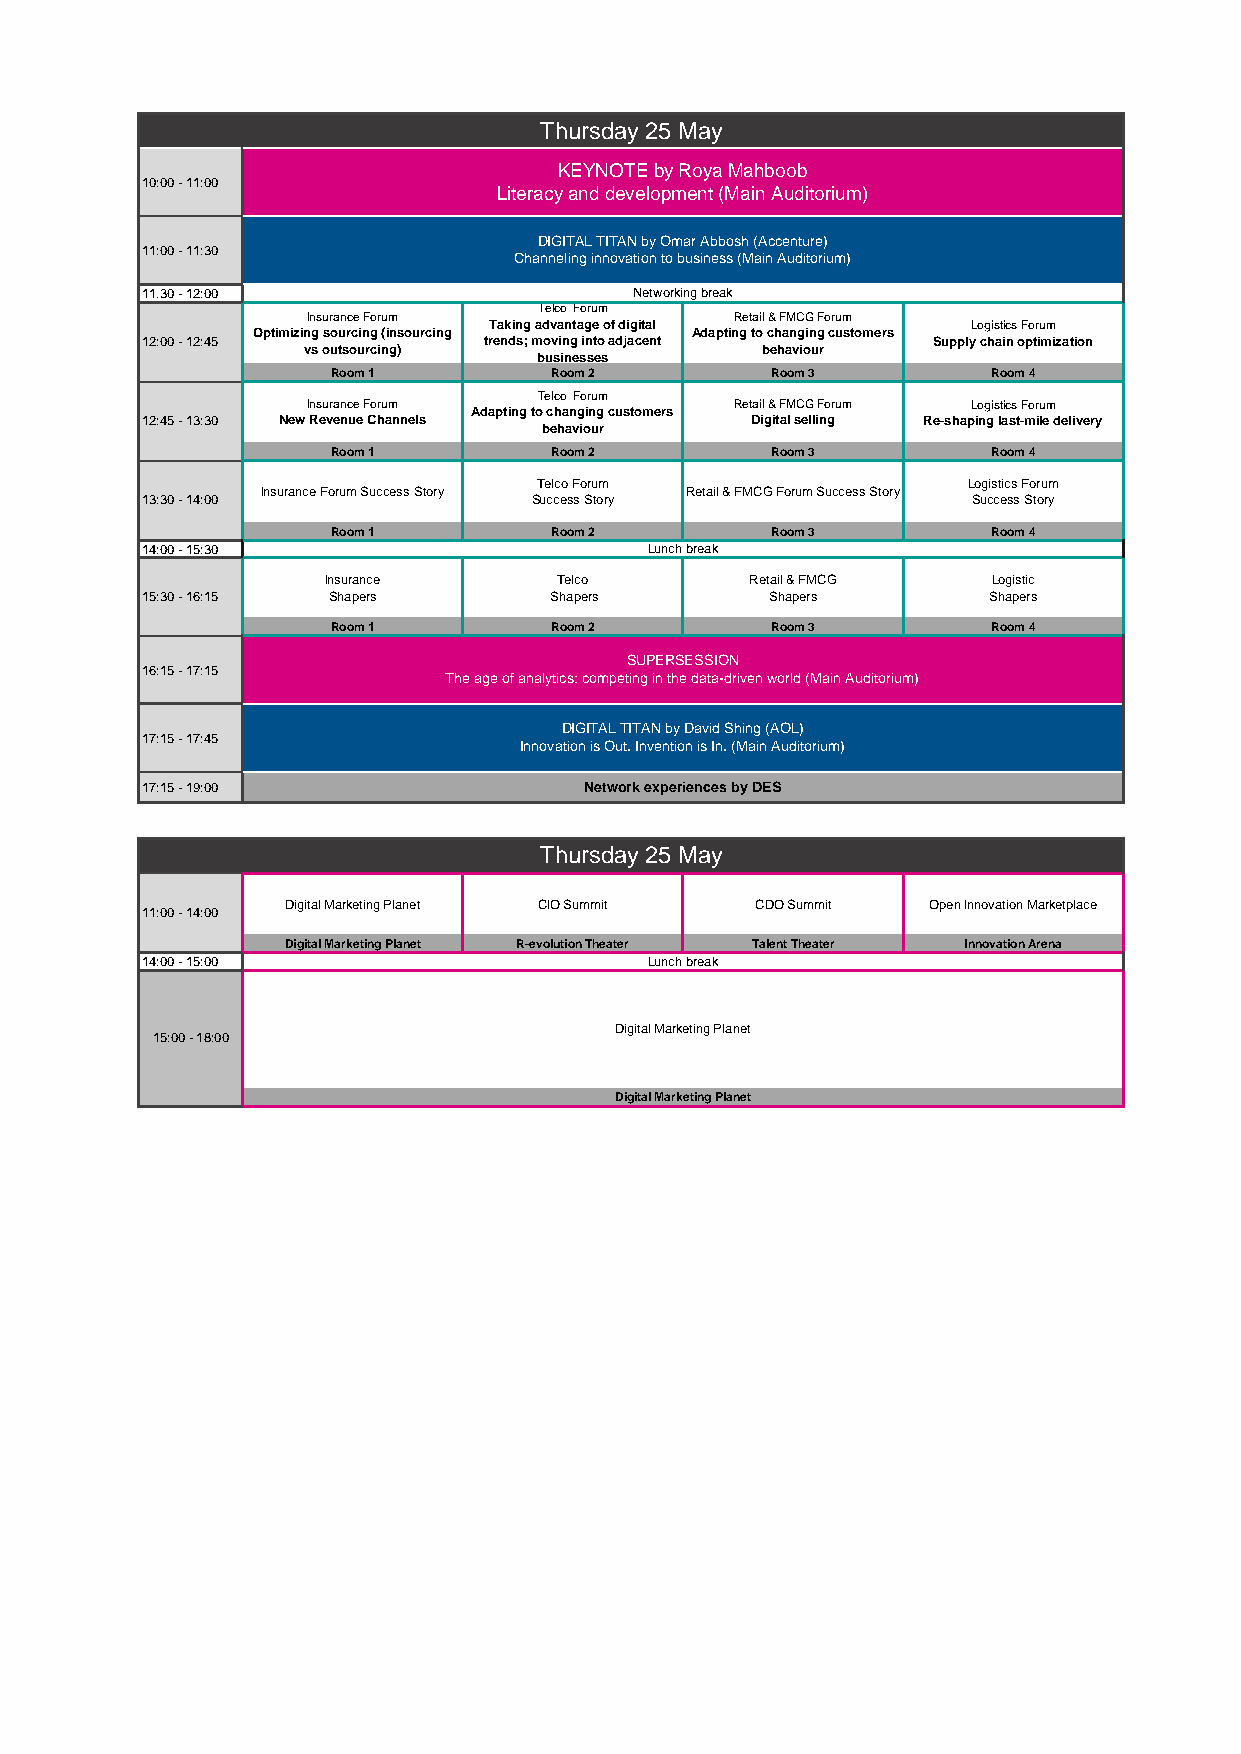
Thursday 25 May
 KEYNOTE by Roya Mahboob
 10:00 - 11:00
 Literacy and development (Main Auditorium)
 DIGITAL TITAN by Omar Abbosh (Accenture)
 11:00 - 11:30
 Channeling innovation to business (Main Auditorium)
 11.30 - 12:00                    Networking break
 Telco Forum
 Insurance Forum              Retail & FMCG Forum
 Taking advantage of digital     Logistics Forum
 Optimizing sourcing (insourcing Adapting to changing customers
 12:00 - 12:45          trends; moving into adjacent  Supply chain optimization
 vs outsourcing)               behaviour
 businesses
 Room 1        Room 2         Room 3         Room 4
 Telco Forum
 Insurance Forum              Retail & FMCG Forum Logistics Forum
 Adapting to changing customers
 12:45 - 13:30 New Revenue Channels       Digital selling Re-shaping last-mile delivery
 behaviour
 Room 1        Room 2         Room 3         Room 4
 Telco Forum                 Logistics Forum
 Insurance Forum Success Story Retail & FMCG Forum Success Story
 13:30 - 14:00             Success Story                Success Story
 Room 1        Room 2         Room 3         Room 4
 14:00 - 15:30                     Lunch break
 Insurance       Telco        Retail & FMCG   Logistic
 15:30 - 16:15 Shapers      Shapers        Shapers       Shapers
 Room 1        Room 2         Room 3         Room 4
 SUPERSESSION
 16:15 - 17:15
 The age of analytics: competing in the data-driven world (Main Auditorium)
 DIGITAL TITAN by David Shing (AOL)
 17:15 - 17:45
 Innovation is Out. Invention is In. (Main Auditorium)
 17:15 - 19:00                 Network experiences by DES
 Thursday 25 May
 Digital Marketing Planet CIO Summit CDO Summit Open Innovation Marketplace
 11:00 - 14:00
 Digital Marketing Planet R-evolution Theater Talent Theater Innovation Arena
 14:00 - 15:00                     Lunch break
 Digital Marketing Planet
 15:00 - 18:00
 Digital Marketing Planet